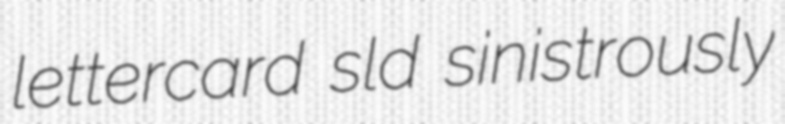
lettercard sld sinistrously